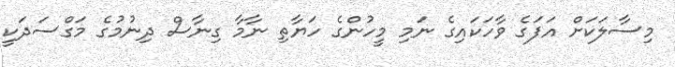
މިސާލަކަށް އަފަގެ ވާހަކައިގެ ނަމި މީހުންގެ ހަޔާތި ނާމާ ގިނާސް ދިނުމުގެ މަގްސަދަކީ